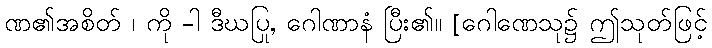
ဏ၏အစိတ် ၊ ကို -ါ ဒီဃပြု, ဂေါဏာနံ ပြီး၏။ [ဂေါဏေသု၌ ဤသုတ်ဖြင့်